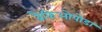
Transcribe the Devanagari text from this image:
ब्रैकिओपोडा